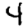
Digit: 4